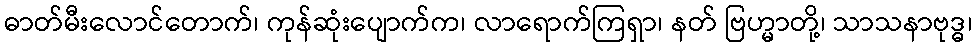
ဓာတ်မီးလောင်တောက်၊ ကုန်ဆုံးပျောက်က၊ လာရောက်ကြရှာ၊ နတ် ဗြဟ္မာတို့၊ သာသနာဗုဒ္ဓ၊